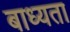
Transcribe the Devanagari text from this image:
बाध्‍यता